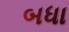
બધા